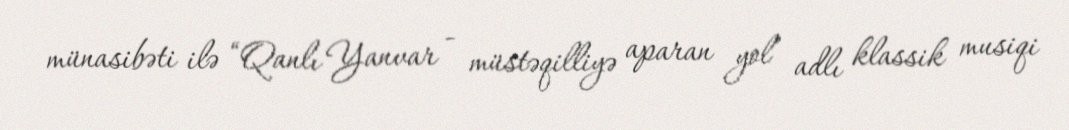
münasibəti ilə “Qanlı Yanvar - müstəqilliyə aparan yol” adlı klassik musiqi